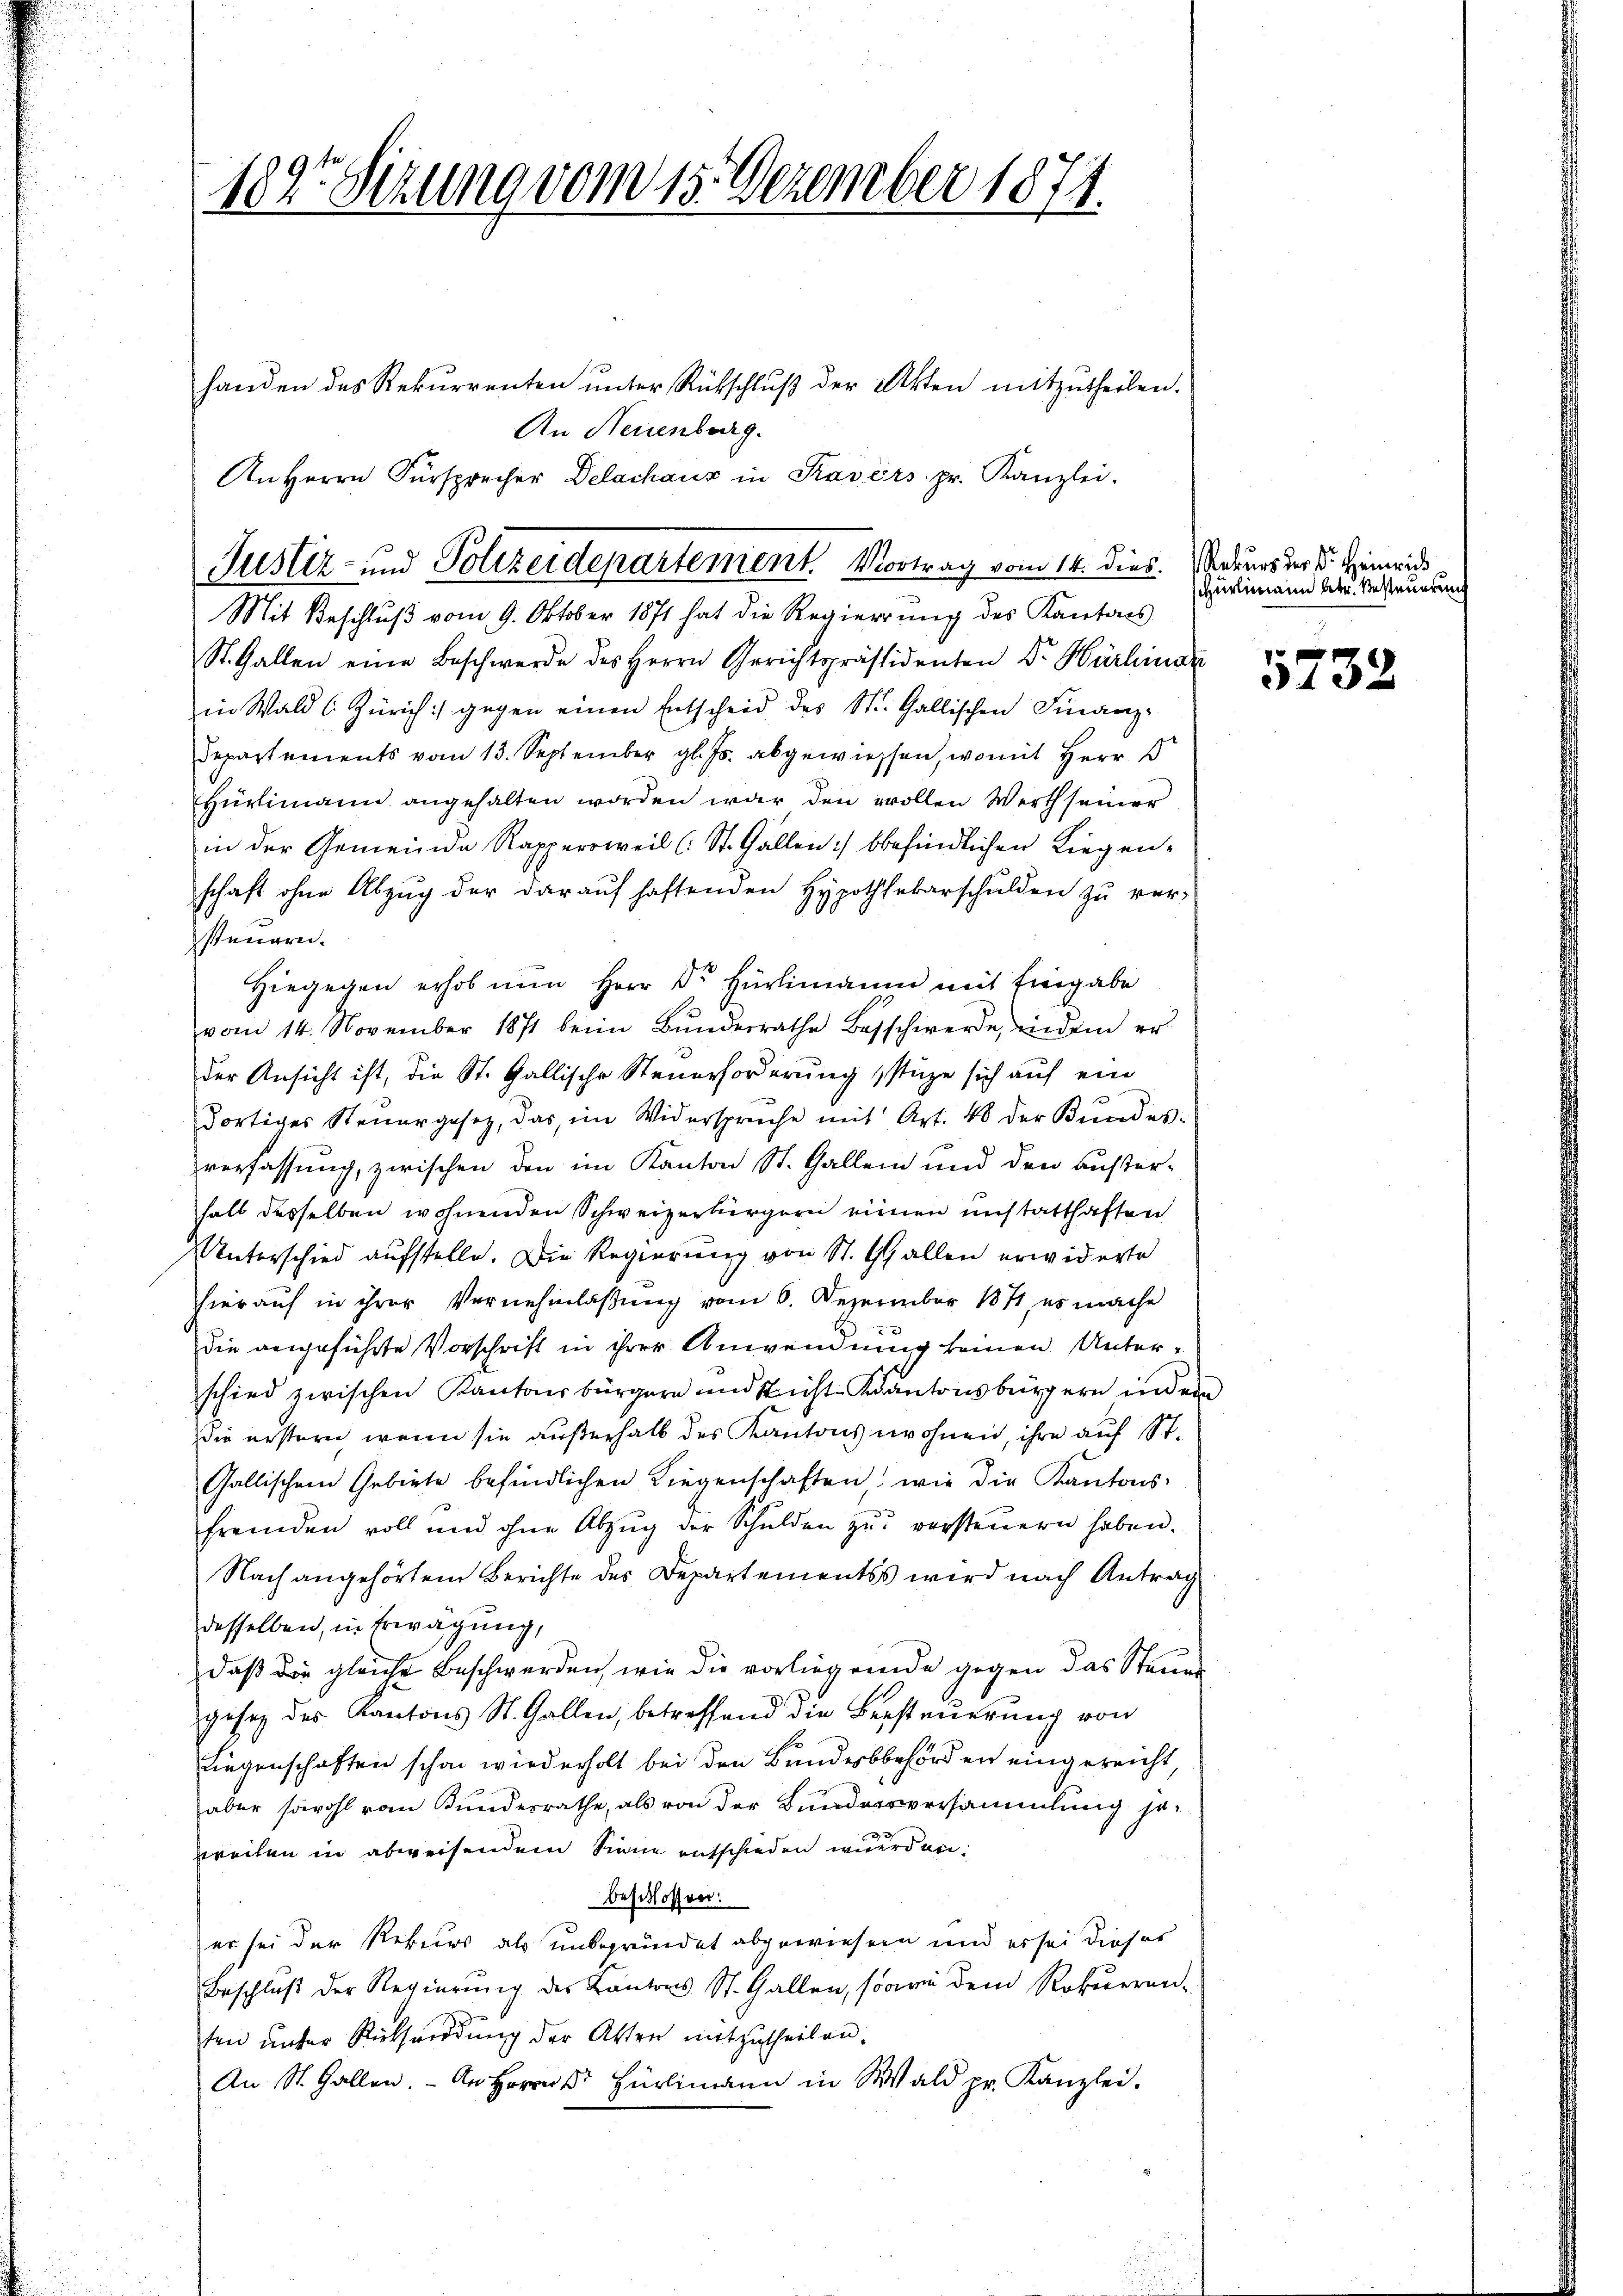
189te Sitzung vom 15. Dezember 1874.

An Herrn Fürsprecher Delachaus in Kasers pr. Kanzlei-
Justiz- und Polizeidepartement. Vortrag vom 14. dies
Mit Beschlŭβ vom 9. Oktober 1871 hat die Regierŭng des Kantons

handen des Rekurrenten ŭnter Rückschlŭβ der Akten mitzŭtheilen.
An Neuenburg.
St. Gallen eine Beschwerde des Herrn Gerichtspräsidenten Dr. Hürlinar
in Wald s. Zürich :/ gegen einen Entscheid des St. Gallischen Finanz-
departements vom 13. September gl. Js. abgewiessen, womit Herr D
Hürlimann angehalten worden war den wollen Werth seiner
in der Gemeinde Rappersweil (: St. Gallen :/ befindlichen Liegen-
schaft ohne Abzug der darauf haftenden Hypothekarschulden zu ver-
steuern.
Hiegegen erhob nun Herr Dr. Hürlimann mit Eingabe
vom 14. November 1871 beim Bŭndesrathe Beschwerde, indem er
der Ansicht ist, die St. Gallische Steuerforderung stüze sich auf ein
dortiges Steuergesetz, das im Widersprüche mit Art. 48 der Bŭndes-
verfassung, zwischen den im Kanton St. Gallen und den außer-
halb desselben wohnenden Schweizerbürgern einen unstatthaften
Unterschied aufstelle. Die Regierung von St. Gallen erwiderte
hierauf in ihrer Vernehmlassung vom 6. Dezember 1871, es mache
die angeführte Vorschrift in ihrer Anwendung keinen Unterschied zwischen Kantonsbürgern und Nicht-Kantonsbürgern in dem
die erstern, wenn sie außerhalb des Kantons wohnen, ihre auf St.
Gallischen Gebiete befindlichen Liegenschaften, wie die Kantons-
fremden voll und ohne Abzug der Schulden zŭ versteŭern haben.
Nach angehörtem Berichte des Departementss wird nach Antrag
desselben, in Erwägung,
daß die gleiche Beschwerden, wie die vorliegende gegen das Steuer
gesez des Kantons St. Gallen, betreffend die Bersteuerung von
Liegenschaften schon wird erholt bei den Bundesbehörden eingereicht,
aber sowohl von Bundesrathe, als von der Bundersversammlung jeweilen in abweisendem Sinne aufschieden wuerden
beschlossen:
er sei der Rekurs als unsgründet abgewiesen und er sei dieser
Beschlŭβ der Regierŭng des Kantons St. Gallen, sowie dem Rekŭrren-
ten unser Rücksendung der Atten mitzutheilen.
An St. Gallen. An Herrn Hürlimann in Wald pr. Kanzlei.

Rekurs der Dr. Heinrich
Hürlimann betr. Besteuerung

5732